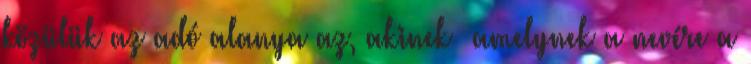
közülük az adó alanya az, akinek amelynek a nevére a